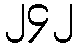
၂၄၂